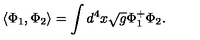
\langle \Phi _ { 1 } , \Phi _ { 2 } \rangle = \int d ^ { 4 } x \sqrt { g } \Phi _ { 1 } ^ { + } \Phi _ { 2 } .